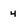
Character: 4